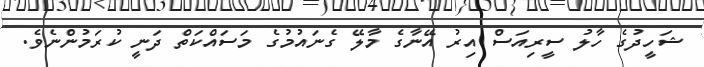
ޝަހީދުގެ ހާލު ސީރިއަސް އިރު އޭނާގެ މާލޭ ގެނައުމުގެ މަސައްކަތް ދަނީ ކުރަމުންނެވެ.